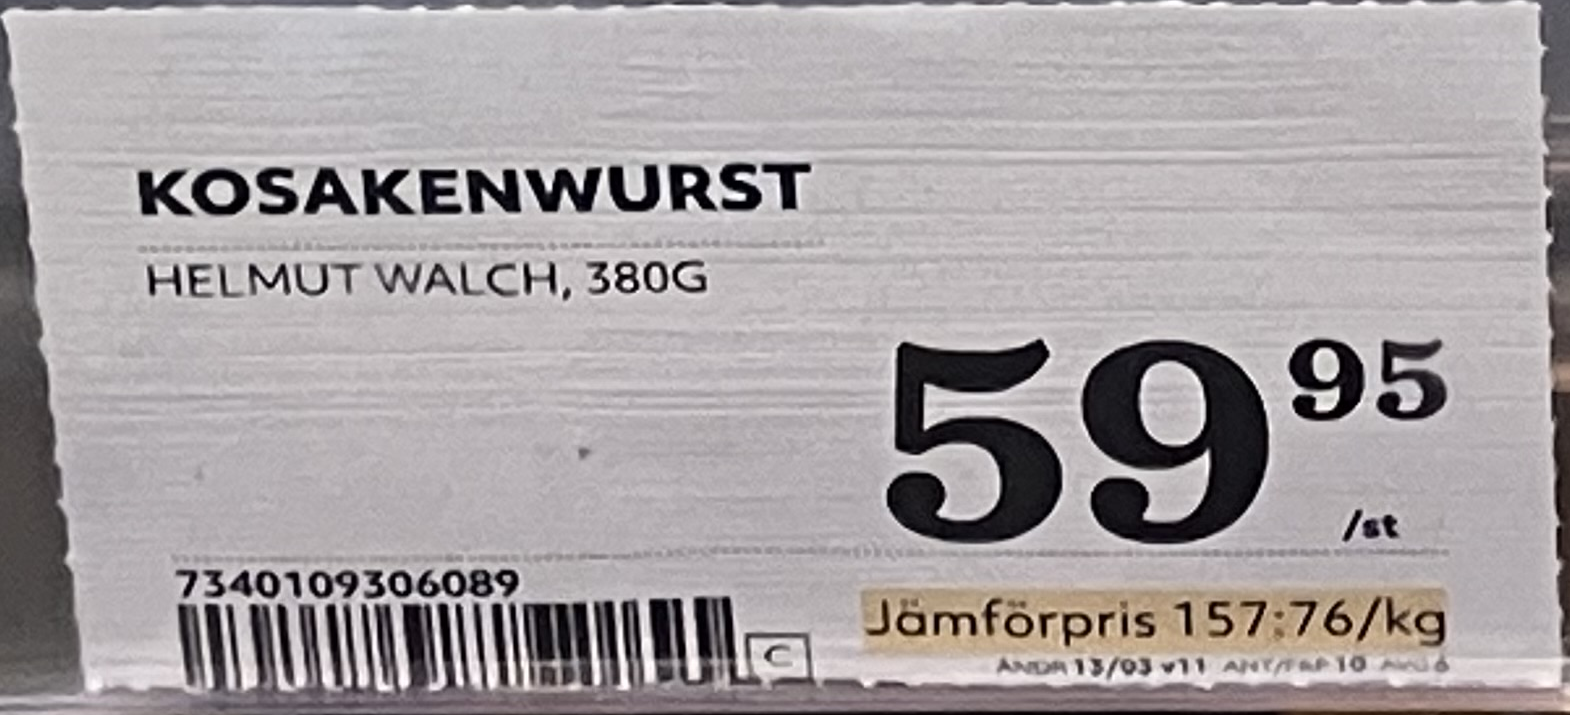
Vara: Kosakenwurst
Genomsnittspris: 157.76 per kg